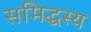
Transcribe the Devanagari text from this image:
समिद्धस्य